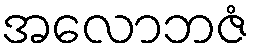
အလောဘဇံ